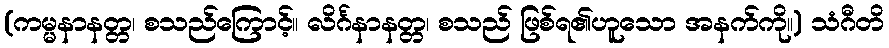
(ကမ္မနာနတ္တ၊ စသည်ကြောင့်။ လိင်္ဂနာနတ္တ၊ စသည် ဖြစ်ရ၏ဟူသော အနက်ကို။) သံဂီတိ